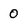
Character: 0